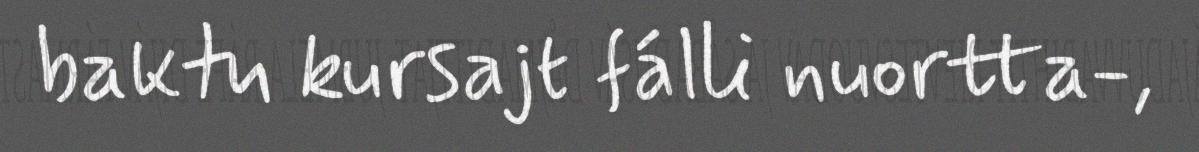
baktu kursajt fálli nuortta-,